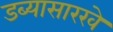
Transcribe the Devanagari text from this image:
डब्यासारखे